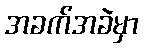
အခက်အခဲမှာ